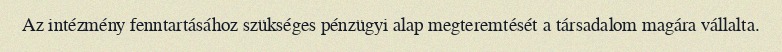
Az intézmény fenntartásához szükséges pénzügyi alap megteremtését a társadalom magára vállalta.